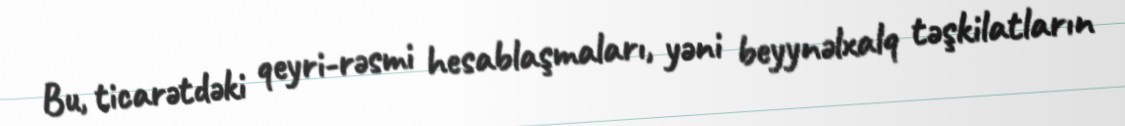
Bu, ticarətdəki qeyri-rəsmi hesablaşmaları, yəni beyynəlxalq təşkilatların